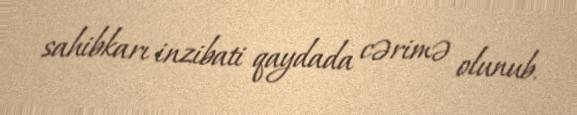
sahibkarı inzibati qaydada cərimə olunub.